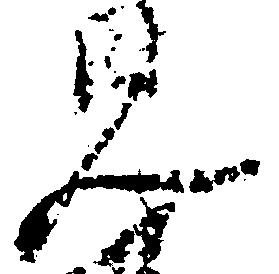
見